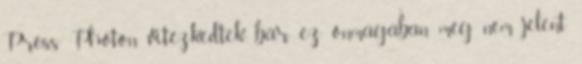
Press Photón vitézkedtek, bár ez önmagában még nem jelent